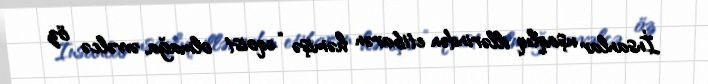
İnsanlar uşaqlıq illərindən etibarən həmişə “eqoist olmağa, əvvəlcə öz